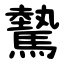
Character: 驇